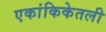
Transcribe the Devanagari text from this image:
एकांकिकेतली